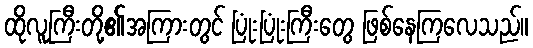
ထိုလူကြီးတို့၏အကြားတွင် ပြုံးပြုံးကြီးတွေ ဖြစ်နေကြလေသည်။